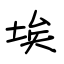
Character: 埃